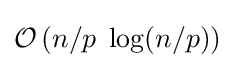
{\mathcal {O}}\left(n/p\;\log(n/p)\right)